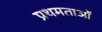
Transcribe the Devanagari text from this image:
प्रथमताओं